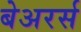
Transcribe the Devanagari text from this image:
बेअरर्स